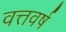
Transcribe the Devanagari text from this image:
वत्तवर्ष